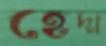
হেদা